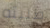
طلبته